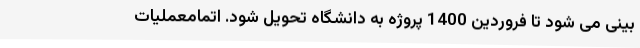
بینی می شود تا فروردین 1400 پروژه به دانشگاه تحویل شود. اتمامعملیات